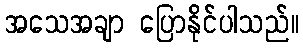
အသေအချာ ပြောနိုင်ပါသည်။